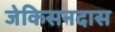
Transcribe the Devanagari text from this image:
जेकिसनदास